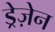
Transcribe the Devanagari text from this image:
ड्रेज़ेन